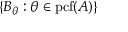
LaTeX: \{ B _ { \theta } : \theta \in \mathrm { { p c f } } ( A ) \}